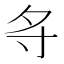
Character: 𪧷